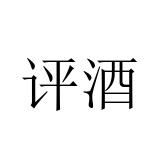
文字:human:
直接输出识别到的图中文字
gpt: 评酒